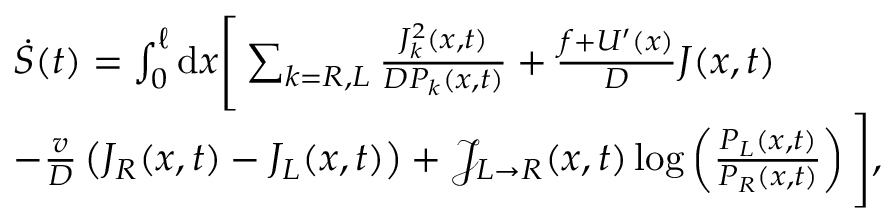
\begin{array} { r l } & { \dot { S } ( t ) = \int _ { 0 } ^ { \ell } \mathrm { d } x \Bigg [ \sum _ { k = R , L } \frac { J _ { k } ^ { 2 } ( x , t ) } { D P _ { k } ( x , t ) } + \frac { f + U ^ { \prime } ( x ) } { D } J ( x , t ) } \\ & { - \frac { v } { D } \left( J _ { R } ( x , t ) - J _ { L } ( x , t ) \right) + \mathcal { J } _ { L \rightarrow R } ( x , t ) \log \left( \frac { P _ { L } ( x , t ) } { P _ { R } ( x , t ) } \right) \Bigg ] , } \end{array}